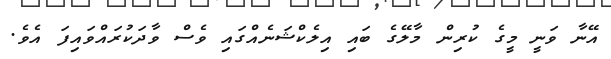
އޭނާ ވަނީ މީގެ ކުރިން މާލޭގެ ބައި އިލެކްޝަނެއްގައި ވެސް ވާދަކުރައްވައިފަ އެވެ.